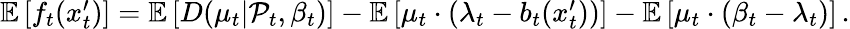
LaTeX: \begin{array}{r}{\mathbb{E}\left[f_{t}(x_{t}^{\prime})\right]=\mathbb{E}\left[D(\mu_{t}|\mathcal{P}_{t},\beta_{t})\right]-\mathbb{E}\left[\mu_{t}\cdot(\lambda_{t}-b_{t}(x_{t}^{\prime}))\right]-\mathbb{E}\left[\mu_{t}\cdot(\beta_{t}-\lambda_{t})\right]\, .}\end{array}